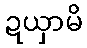
ဍယှာမိ